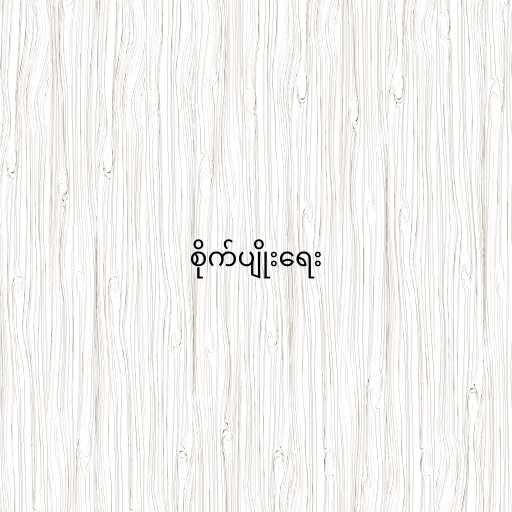
စိုက်ပျိုးရေး